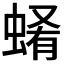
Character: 𧍂